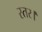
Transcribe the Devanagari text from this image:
स्तर।